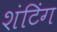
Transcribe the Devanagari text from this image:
शंटिंग